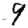
Digit: 9